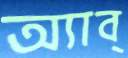
অ্যাব্